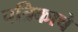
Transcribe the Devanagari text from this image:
पत्रिकाचे